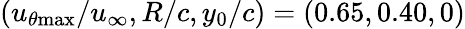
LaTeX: (u_{\theta\mathrm{{max}}}/u_{\infty},R/c,y_{0}/c)=(0.65,0.40,0)